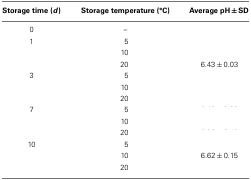
<table><thead><tr><td><b>Storage time (<i>d</i>)</b></td><td><b>Storage temperature (°C)</b></td><td><b>Average pH ± SD</b></td></tr></thead><tbody><tr><td>0</td><td>–</td><td>[EMPTY_CELL]</td></tr><tr><td>1</td><td>5</td><td>[EMPTY_CELL]</td></tr><tr><td>[EMPTY_CELL]</td><td>10</td><td>[EMPTY_CELL]</td></tr><tr><td>[EMPTY_CELL]</td><td>20</td><td>6.43 ± 0.03</td></tr><tr><td>3</td><td>5</td><td>[EMPTY_CELL]</td></tr><tr><td>[EMPTY_CELL]</td><td>10</td><td>[EMPTY_CELL]</td></tr><tr><td>[EMPTY_CELL]</td><td>20</td><td>[EMPTY_CELL]</td></tr><tr><td>7</td><td>5</td><td>[EMPTY_CELL]</td></tr><tr><td>[EMPTY_CELL]</td><td>10</td><td>[EMPTY_CELL]</td></tr><tr><td>[EMPTY_CELL]</td><td>20</td><td>[EMPTY_CELL]</td></tr><tr><td>10</td><td>5</td><td>[EMPTY_CELL]</td></tr><tr><td>[EMPTY_CELL]</td><td>10</td><td>6.62 ± 0.15</td></tr><tr><td>[EMPTY_CELL]</td><td>20</td><td>[EMPTY_CELL]</td></tr></tbody></table>